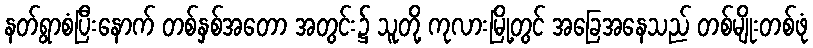
နတ်ရွာစံပြီးနောက် တစ်နှစ်အတော အတွင်း၌ သူတို့ ကုလားမြို့တွင် အခြေအနေသည် တစ်မျိုးတစ်ဖုံ